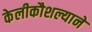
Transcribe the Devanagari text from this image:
केलीकौशल्याने